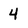
Character: 4